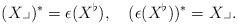
LaTeX: \begin{align*}(X\lrcorner )^*=\epsilon( X^\flat), \quad(\epsilon(X^\flat))^*= X\lrcorner. \end{align*}